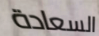
السعادة